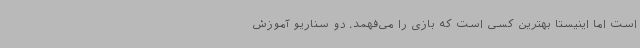
است اما اینیستا بهترین کسی است که بازی را می‌فهمد. دو سناریو آموزش